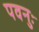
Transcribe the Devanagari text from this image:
पवनुः